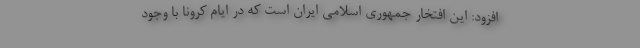
افزود: این افتخار جمهوری اسلامی ایران است که در ایام کرونا با وجود